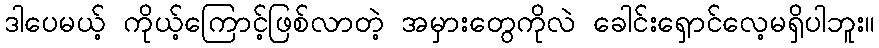
ဒါပေမယ့် ကိုယ့်ကြောင့်ဖြစ်လာတဲ့ အမှားတွေကိုလဲ ခေါင်းရှောင်လေ့မရှိပါဘူး။